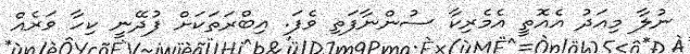
ނުލާ މިއަދު އެއޮތީ އެމެރިކާ ސުންނާފަތި ވެފަ. އިބްރަތަކަށް ފުދޭނީ ކިހާ ވަރެއް